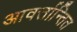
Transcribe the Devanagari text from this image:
आवर्त्तान्तित